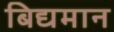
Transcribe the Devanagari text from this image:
बिद्यमान